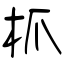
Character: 枛